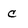
Character: c